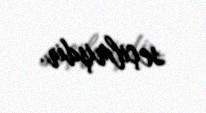
seçilmişdir.